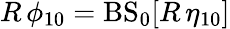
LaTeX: R\, \phi_{10}=\mathrm{BS}_{0}[R\, \eta_{10}]